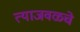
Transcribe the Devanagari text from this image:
त्याजवळचे